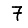
Digit: 7